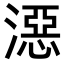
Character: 𣽏